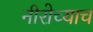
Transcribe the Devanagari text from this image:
नीरोच्याच